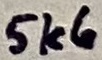
Text: 5k6